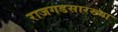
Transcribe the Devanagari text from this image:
राजगडसारख्या